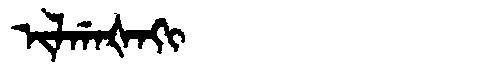
Manchu: ᡳᠯᡤᠠᡧᠠᡴᡳ
Romanization: ILGAŠAKI